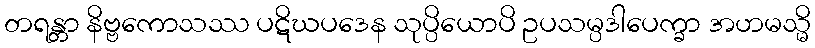
တရန္တာ နိဗ္ဗကောသဿ ပဋိဃပဒေန သုပ္ပိယောပိ ဥပသမ္ပဒါပေက္ခာ အဟမသ္မိ